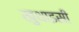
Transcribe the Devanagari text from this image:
खुथाइसी